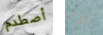
أصطدم أبدء